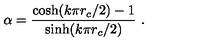
\alpha = \frac { \cosh ( k \pi r _ { c } / 2 ) - 1 } { \sinh ( k \pi r _ { c } / 2 ) } \ .